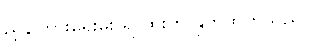
ညွှန်ကြားရေးမှူး ရာထူးက နှုတ်ထွက်သည်။